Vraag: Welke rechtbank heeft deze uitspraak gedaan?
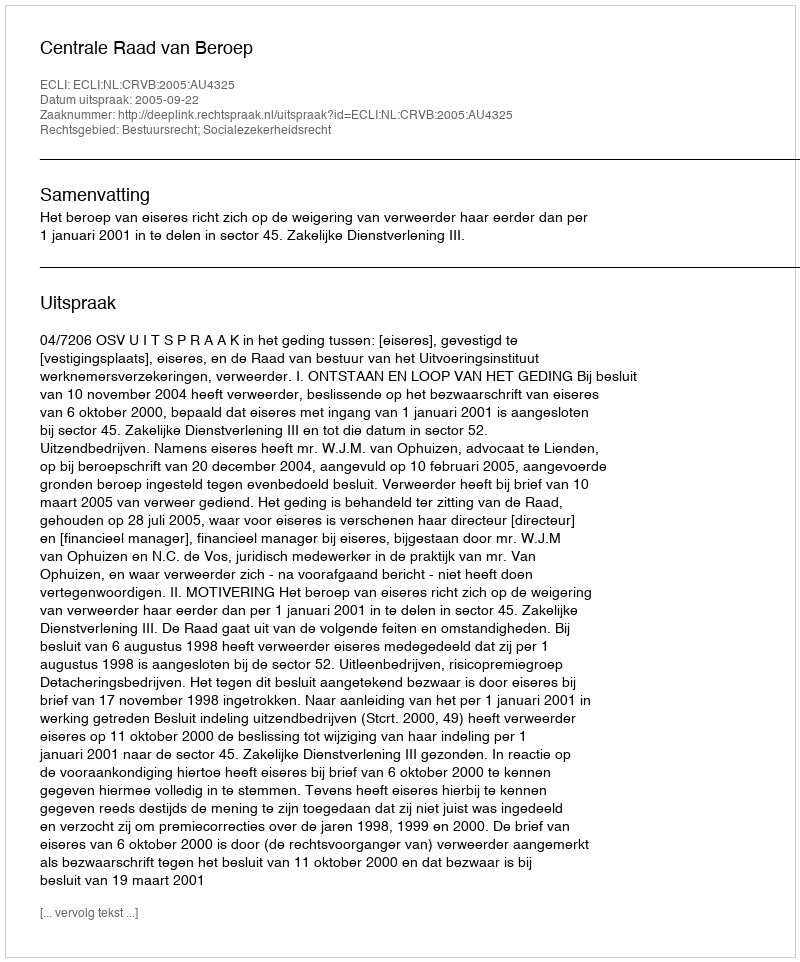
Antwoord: Centrale Raad van Beroep